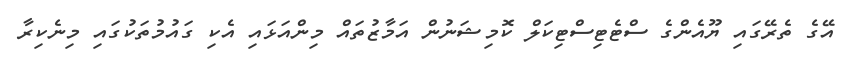
އޭގެ ތެރޭގައި ޔޫއެންގެ ސްޓެޓިސްޓިކަލް ކޮމިޝަނުން އަމާޒުތައް މިންއަޅައި އެކި ގައުމުތަކުގައި މިނެކިރާ